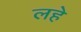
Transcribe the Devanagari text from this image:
लहे